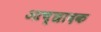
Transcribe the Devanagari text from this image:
आच्छादक